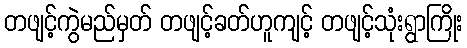
တဖျင့်ကွဲမည်မှတ် တဖျင့်ခတ်ဟူကျင့် တဖျင့်သုံးရွာကြိုး